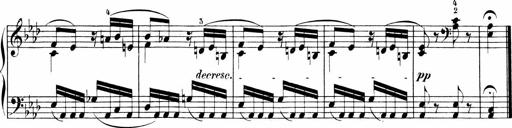
Title: Sonatinen Op.47, 98 und 136, nebst 6 Liedersonatinen
Composer: Carl Reinecke